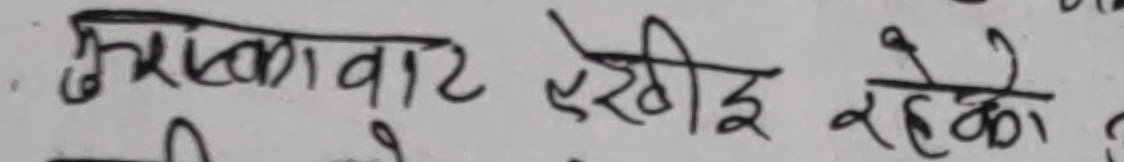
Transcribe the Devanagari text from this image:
झुकावट देखाई रहेको